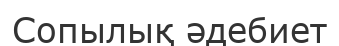
Сопылық әдебиет